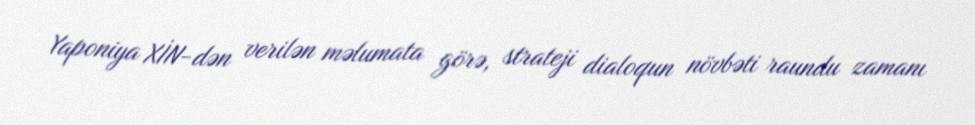
Yaponiya XİN-dən verilən məlumata görə, strateji dialoqun növbəti raundu zamanı